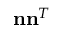
\mathbf { n n } ^ { T }